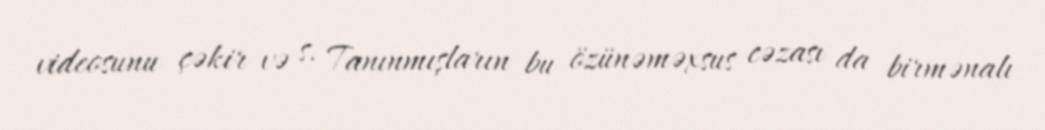
videosunu çəkir və s. Tanınmışların bu özünəməxsus cəzası da birmənalı